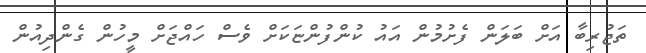
ތަޖުރިބާ އަށް ބަލަން ފެށުމުން އައު ކުންފުންޏަކަށް ވެސް ހައްޖަށް މީހުން ގެންދިއުން